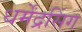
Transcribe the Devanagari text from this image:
धर्मेंद्रसिंग